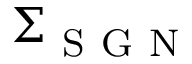
\boldsymbol { \Sigma } _ { \mathrm { ~ S ~ G ~ N ~ } }